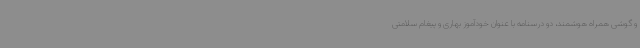
و گوشی همراه هوشمند، دو درسنامه با عنوان خودآموز بهاری و پیغام سلامتی